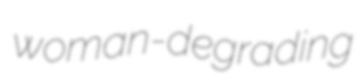
woman-degrading